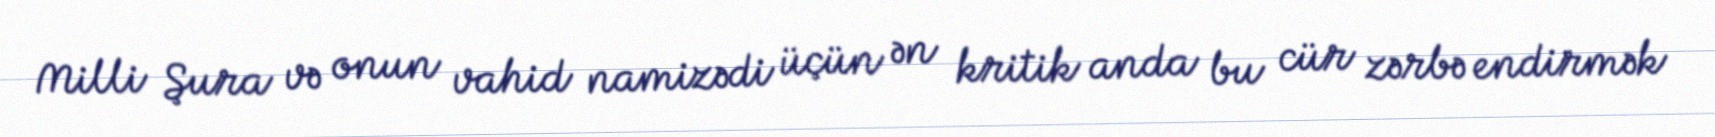
Milli Şura və onun vahid namizədi üçün ən kritik anda bu cür zərbə endirmək